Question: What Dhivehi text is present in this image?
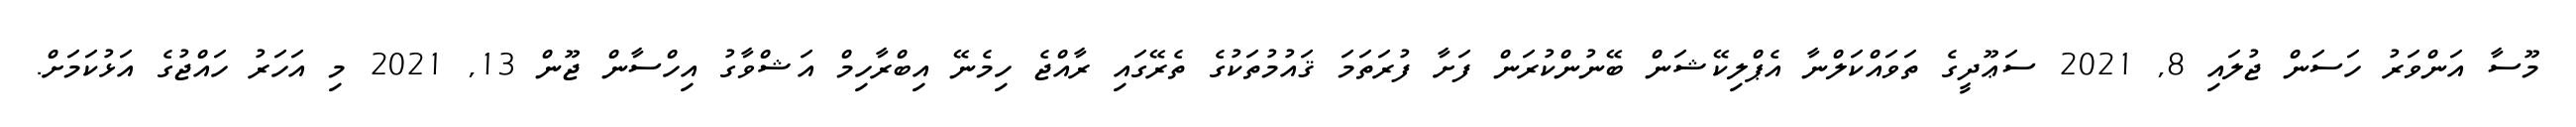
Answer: މޫސާ އަންވަރު ހަސަން ޖުލައި 8, 2021 ސަޢޫދީގެ ތަވައްކަލްނާ އެޕްލިކޭޝަން ބޭނުންކުރަން ފަށާ ފުރަތަމަ ޤައުމުތަކުގެ ތެރޭގައި ރާއްޖެ ހިމެނޭ އިބްރާހިމް އަޝްވާގު އިހްސާން ޖޫން 13, 2021 މި އަހަރު ހައްޖުގެ އަޅުކަމަށް.